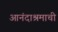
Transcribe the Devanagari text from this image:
आनंदाश्रमाची